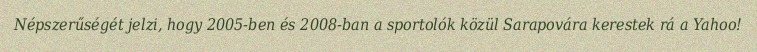
Népszerűségét jelzi, hogy 2005-ben és 2008-ban a sportolók közül Sarapovára kerestek rá a Yahoo!